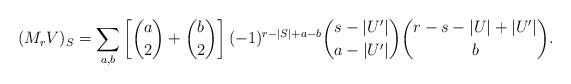
LaTeX: \begin{align*}(M_r V)_S =\sum_{a,b} \left[ \binom{a}{2}+\binom{b}{2} \right] (-1)^{r-|S|+a-b} \binom{s-|U'| }{a - |U'|}\binom{r-s-|U|+|U'|}{b}.\end{align*}